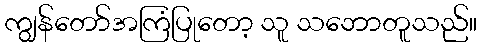
ကျွန်တော်အကြံပြုတော့ သူ သဘောတူသည်။